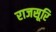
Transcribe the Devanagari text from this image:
राजसूरि